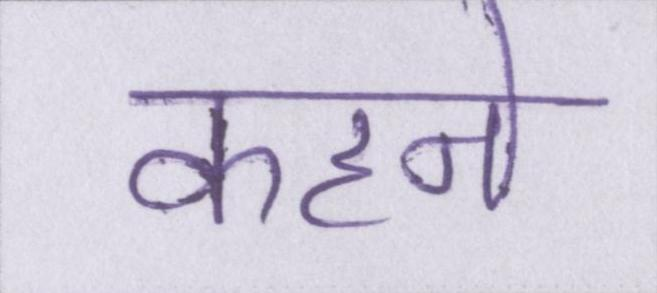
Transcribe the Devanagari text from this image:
कहने